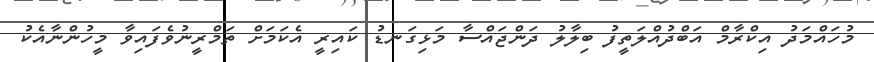
މުހައްމަދު އިކްރާމް އަބްދުއްލަތީފު ބިލާލު ދަންޖައްސާ މަޅިގަނޑު ކައިރީ އެކަމަށް ތަމްރީނުވެފައިވާ މީހުންނާއެކު